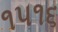
૧૫૧૬